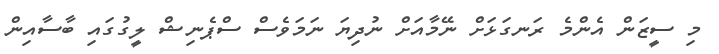
މި ސީޒަން އެންމެ ރަނގަޅަށް ނޭމާއަށް ނުދިޔަ ނަމަވެސް ސްޕެނިޝް ލީގުގައި ބާސާއިން